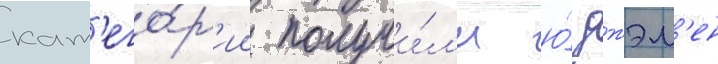
кат'его́р'ии получи́л'и ю́ джэм'ен